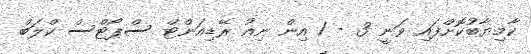
ކާމިޔާބުކޮށްފައި ވަނީ 3 - 1 އިން ނިއު ރޭޑިއަންޓް ސްޕޯޓްސް ކްލަބް